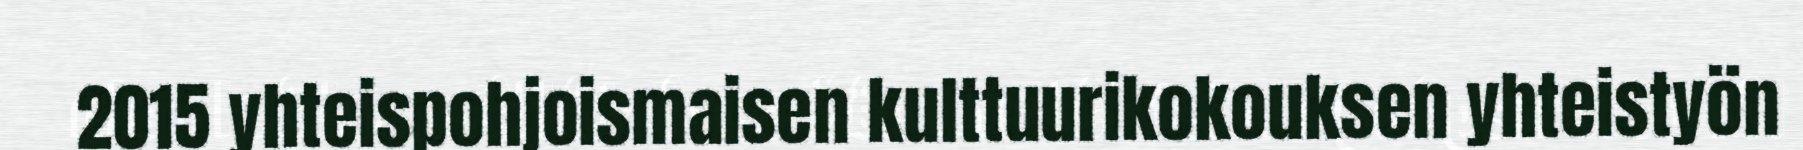
2015 yhteispohjoismaisen kulttuurikokouksen yhteistyön